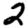
Digit: 2